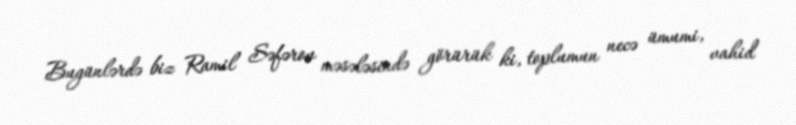
Bugünlərdə biz Ramil Səfərov məsələsində görürük ki, toplumun necə ümumi, vahid